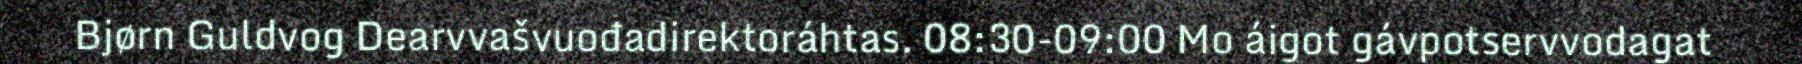
Bjørn Guldvog Dearvvašvuođadirektoráhtas. 08:30-09:00 Mo áigot gávpotservvodagat